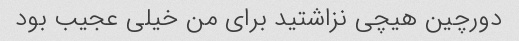
دورچین هیچی نزاشتید برای من خیلی عجیب بود